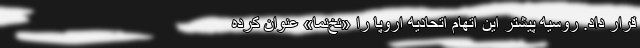
قرار داد. روسیه پیشتر این اتهام اتحادیه اروپا را «نخ‌نما» عنوان کرده